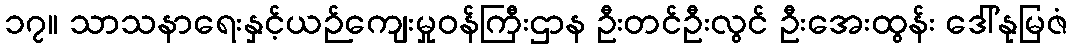
၁၇။ သာသနာရေးနှင့်ယဉ်ကျေးမှုဝန်ကြီးဌာန ဦးတင်ဦးလွင် ဦးအေးထွန်း ဒေါ်နုမြဇံ